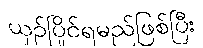
ယှဉ်ပြိုင်ရမည်ဖြစ်ပြီး